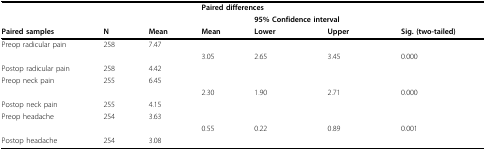
<table><thead><tr><td></td><td></td><td></td><td colspan="3"><b>Paired differences</b></td><td></td></tr><tr><td></td><td></td><td></td><td></td><td colspan="2"><b>95% Confidence interval</b></td><td></td></tr><tr><td><b>Paired samples</b></td><td><b>N</b></td><td><b>Mean</b></td><td><b>Mean</b></td><td><b>Lower</b></td><td><b>Upper</b></td><td><b>Sig. (two-tailed)</b></td></tr></thead><tbody><tr><td>Preop radicular pain</td><td>258</td><td>7.47</td><td></td><td></td><td></td><td></td></tr><tr><td></td><td></td><td></td><td>3.05</td><td>2.65</td><td>3.45</td><td>0.000</td></tr><tr><td>Postop radicular pain</td><td>258</td><td>4.42</td><td></td><td></td><td></td><td></td></tr><tr><td>Preop neck pain</td><td>255</td><td>6.45</td><td></td><td></td><td></td><td></td></tr><tr><td></td><td></td><td></td><td>2.30</td><td>1.90</td><td>2.71</td><td>0.000</td></tr><tr><td>Postop neck pain</td><td>255</td><td>4.15</td><td></td><td></td><td></td><td></td></tr><tr><td>Preop headache</td><td>254</td><td>3.63</td><td></td><td></td><td></td><td></td></tr><tr><td></td><td></td><td></td><td>0.55</td><td>0.22</td><td>0.89</td><td>0.001</td></tr><tr><td>Postop headache</td><td>254</td><td>3.08</td><td></td><td></td><td></td><td></td></tr></tbody></table>